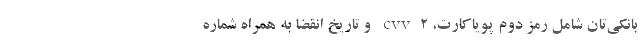
بانکی‌تان شامل رمز دوم پویاکارت، cvv2 و تاریخ انقضا به همراه شماره